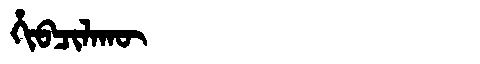
Manchu: ᡥᡳᠪᠴᡳᠯᠠᡴᡡ
Romanization: HIBCILAKŪ